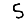
Digit: 5